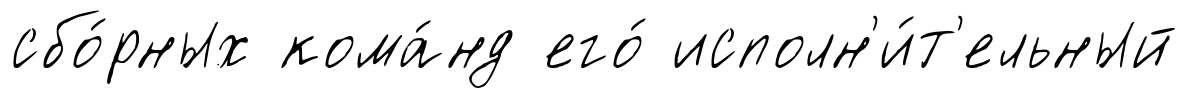
сбо́рных кома́нд его́ исполн'и́т'ельный